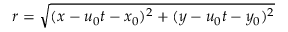
r = \sqrt { ( x - u _ { 0 } t - x _ { 0 } ) ^ { 2 } + ( y - u _ { 0 } t - y _ { 0 } ) ^ { 2 } }